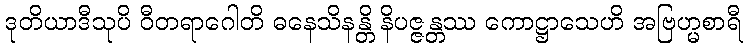
ဒုတိယာဒီသုပိ ဝီတရာဂေါတိ ဓနေသိနန္တိ နိပဇ္ဇန္တဿ ကောဋ္ဌာသေဟိ အဗြဟ္မစာရီ